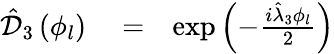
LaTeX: \begin{array}{rlr}{\hat{\mathcal D}_{3}\left(\phi_{l}\right)}&{{}=}&{\exp\left(-\frac{i\hat{\lambda}_{3}\phi_{l}}{2}\right)}\end{array}